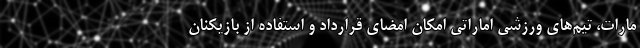
مارات، تیم‌های ورزشی اماراتی امکان امضای قرارداد و استفاده از بازیکنان